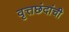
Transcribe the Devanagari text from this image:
वृत्तछंदांची